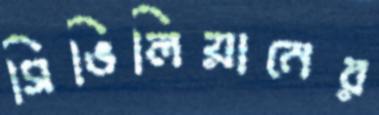
সিভিলিয়ানের